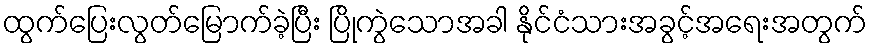
ထွက်ပြေးလွတ်မြောက်ခဲ့ပြီး ပြိုကွဲသောအခါ နိုင်ငံသားအခွင့်အရေးအတွက်